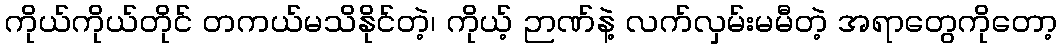
ကိုယ်ကိုယ်တိုင် တကယ်မသိနိုင်တဲ့၊ ကိုယ့် ဉာဏ်နဲ့ လက်လှမ်းမမီတဲ့ အရာတွေကိုတော့